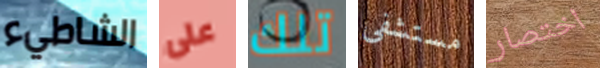
الشاطيء على تلك مستشفى اختصار